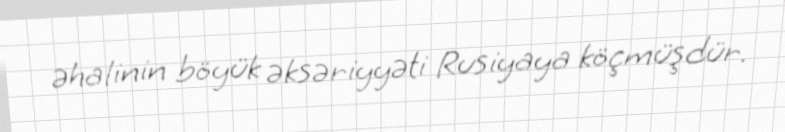
əhalinin böyük əksəriyyəti Rusiyaya köçmüşdür.